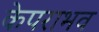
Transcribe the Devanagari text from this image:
केपराभव